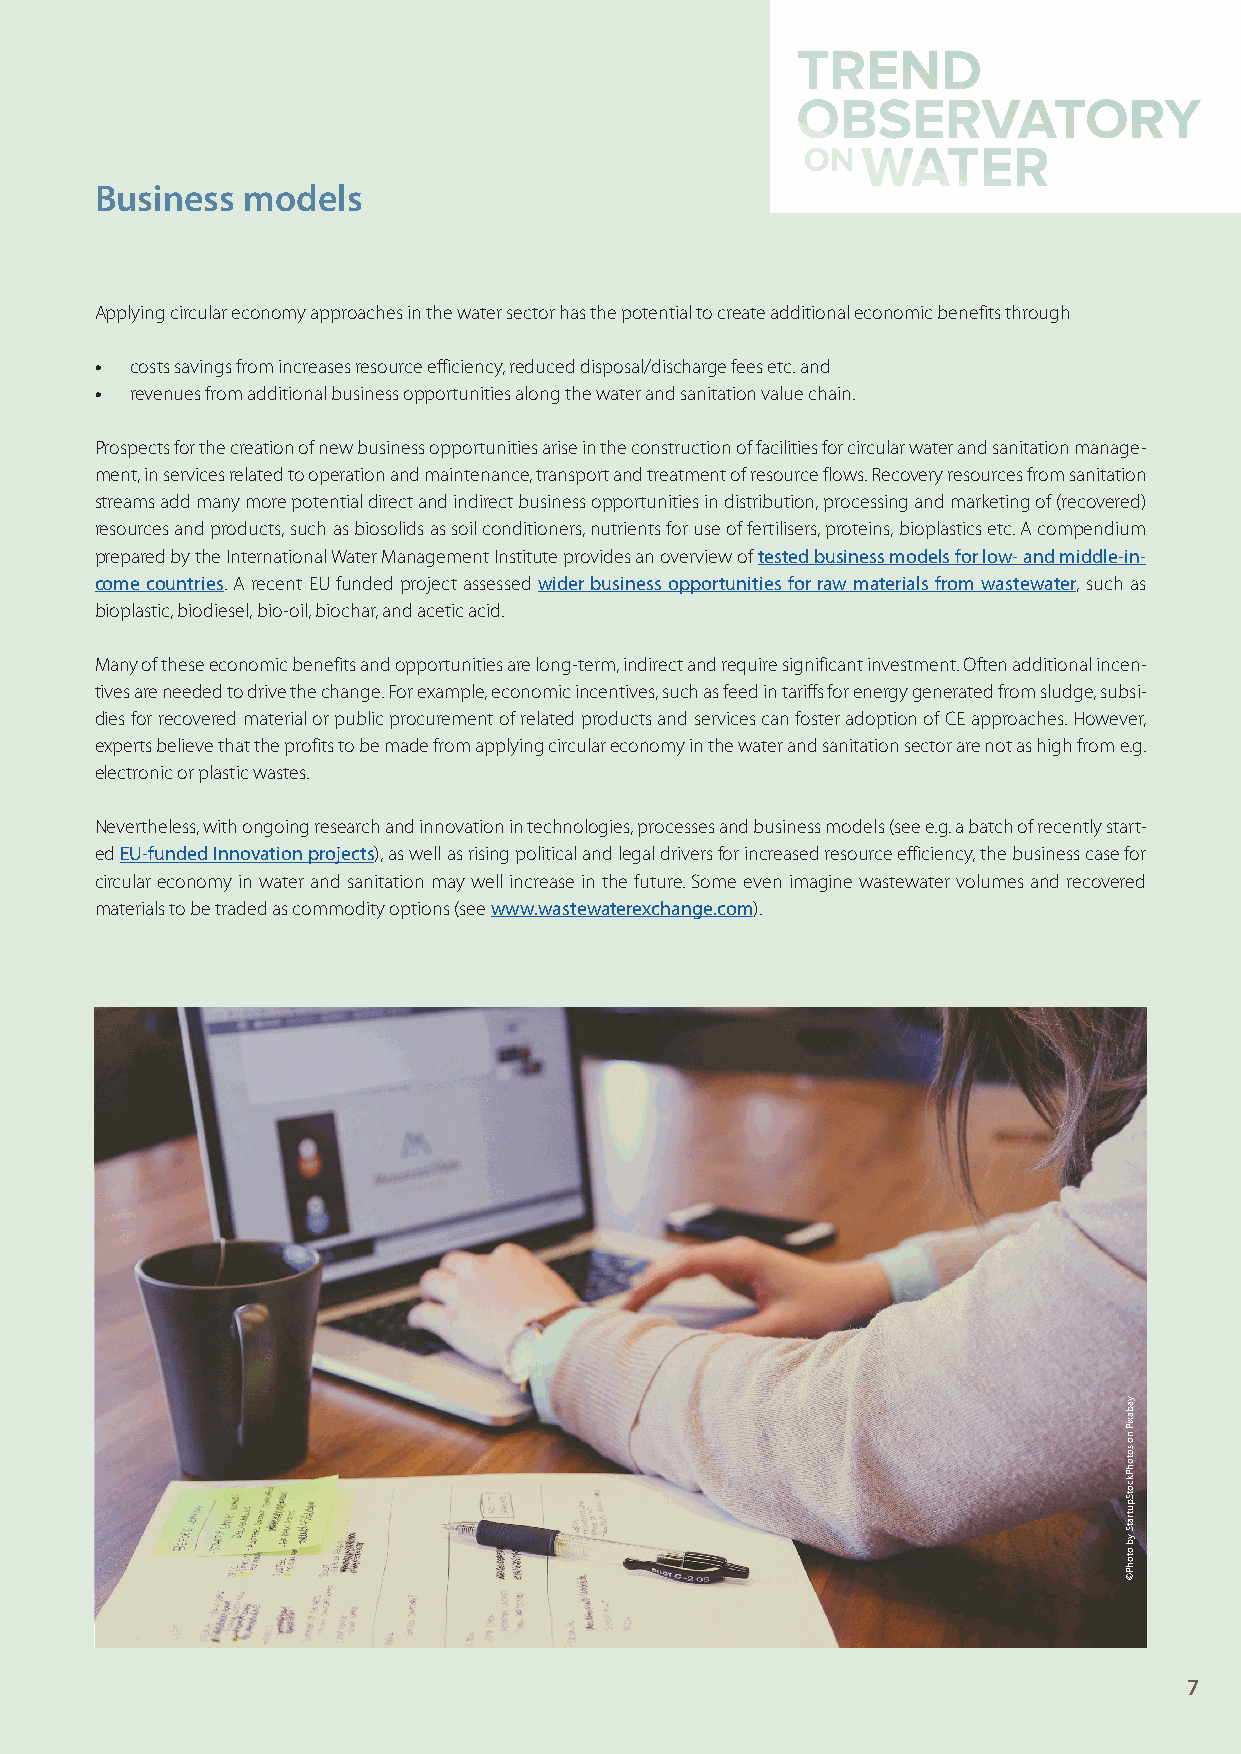
Business  models
 Applying circular economy approaches in the water sector has the potential to create additional economic benefits through
 •  costs savings from increases resource efficiency, reduced disposal/discharge fees etc. and
 •  revenues from additional business opportunities along the water and sanitation value chain.
 Prospects for the creation of new business opportunities arise in the construction of facilities for circular water and sanitation manage-
 ment, in services related to operation and maintenance, transport and treatment of resource flows. Recovery resources from sanitation
 streams add many more potential direct and indirect business opportunities in distribution, processing and marketing of (recovered)
 resources and products, such as biosolids as soil conditioners, nutrients for use of fertilisers, proteins, bioplastics etc. A compendium
 prepared by the International Water Management Institute provides an overview of tested business models for low- and middle-in-
 come countries. A recent EU funded project assessed wider business opportunities for raw materials from wastewater, such as
 bioplastic, biodiesel, bio-oil, biochar, and acetic acid.
 Many of these economic benefits and opportunities are long-term, indirect and require significant investment. Often additional incen-
 tives are needed to drive the change. For example, economic incentives, such as feed in tariffs for energy generated from sludge, subsi-
 dies for recovered material or public procurement of related products and services can foster adoption of CE approaches. However,
 experts believe that the profits to be made from applying circular economy in the water and sanitation sector are not as high from e.g.
 electronic or plastic wastes.
 Nevertheless, with ongoing research and innovation in technologies, processes and business models (see e.g. a batch of recently start-
 ed EU-funded Innovation projects), as well as rising political and legal drivers for increased resource efficiency, the business case for
 circular economy in water and sanitation may well increase in the future. Some even imagine wastewater volumes and recovered
 materials to be traded as commodity options (see www.wastewaterexchange.com).
 7
 yabaxiP
 no
 sotohPkcotSputratS
 yb
 otohP©